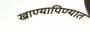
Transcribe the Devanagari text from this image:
खाण्यापिण्यात